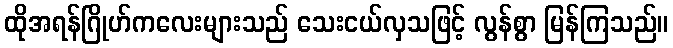
ထိုအရန်ဂြိုဟ်ကလေးများသည် သေးငယ်လှသဖြင့် လွန်စွာ မြန်ကြသည်။